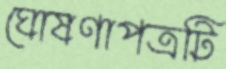
ঘোষণাপত্রটি